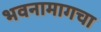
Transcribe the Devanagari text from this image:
भवनामागचा